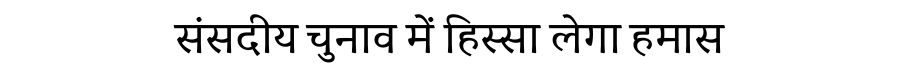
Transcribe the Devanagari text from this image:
संसदीय चुनाव में हिस्सा लेगा हमास